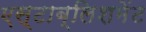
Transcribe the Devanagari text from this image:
एस्टाब्लिशमेंट